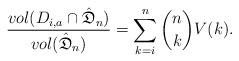
LaTeX: \begin{align*}\frac{ vol( D_{i,a}\cap{\hat{\mathfrak{D}}_n})}{vol( \hat{\mathfrak{D}}_n)}=\sum_{k=i}^n{n\choose k}V(k).\end{align*}